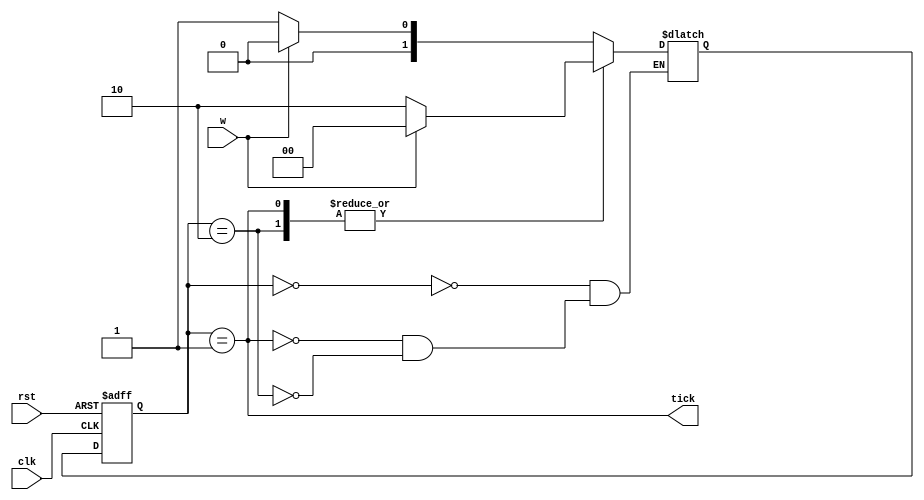
`timescale 1ns / 1ps
//////////////////////////////////////////////////////////////////////////////////
// Company: 
// Engineer: 
// 
// Design Name: 
// Module Name:    negedge 
// Project Name: 
// Target Devices: 
// Tool versions: 
// Description: 
//
// Dependencies: 
//
// Revision: 
// Revision 0.01 - File Created
// Additional Comments: 
//
//////////////////////////////////////////////////////////////////////////////////
module negdetect(
	 input clk,
    input w,
    input rst,
    output tick
    );
	
	reg [1:0] state, nextState;
	parameter [1:0] O=2'b00, E=2'b01, Z=2'b10; 
	
	always @ (w or state)
	case (state)
	O: if(w) nextState = O;
		else nextState =E;
	E: if(w) nextState = O;
		else nextState= Z;
	Z: if(w) nextState= O;
		else nextState = Z;
	endcase
	
	always @ (posedge clk or negedge rst) begin
	if(!rst) state <= Z;
	else state <= nextState;
	end
	
	assign tick = (state == E );
	
endmodule